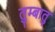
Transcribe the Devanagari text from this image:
तुम्बातु